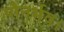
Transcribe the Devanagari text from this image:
पौनर्भव।